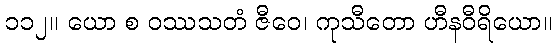
၁၁၂။ ယော စ ဝဿသတံ ဇီဝေ၊ ကုသီတော ဟီနဝီရိယော။